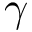
\gamma